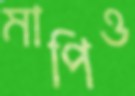
মাপিও